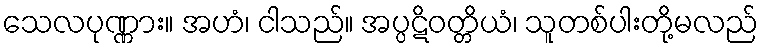
သေလပုဏ္ဏား။ အဟံ၊ ငါသည်။ အပ္ပဋိဝတ္တိယံ၊ သူတစ်ပါးတို့မလည်